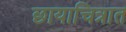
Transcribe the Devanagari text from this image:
छायाचित्रात